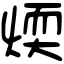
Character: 煗